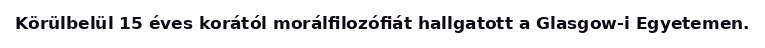
Körülbelül 15 éves korától morálfilozófiát hallgatott a Glasgow-i Egyetemen.